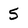
Character: 5